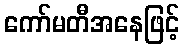
ကော်မတီအနေဖြင့်